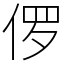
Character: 㑩